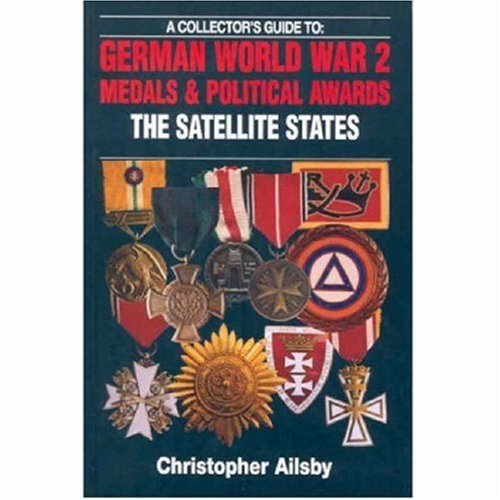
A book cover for German World War 2 Medals and Political Awards, the Satellite States; Christopher Ailsby; Crafts, Hobbies & Home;